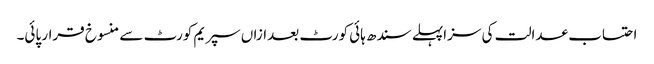
احتساب عدالت کی سزاپہلے سندھ ہائی کورٹ بعدازاں سپریم کورٹ سے منسوخ قرار پائی۔